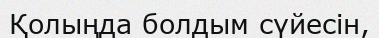
Қолыңда болдым сүйесін,